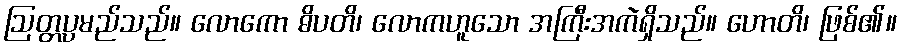
ဩတ္တပ္ပမည်သည်။ လောကော ဓိပတိ၊ လောကဟူသော အကြီးအကဲရှိသည်။ ဟောတိ၊ ဖြစ်၏။